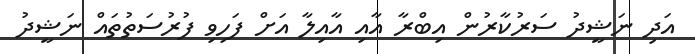
އަދި ނަޝީދު ސަރުކާރުން އިބްރާ އާއި އާއިލާ އަށް ފަހިވި ފުރުސަތުތައް ނަޝީދު